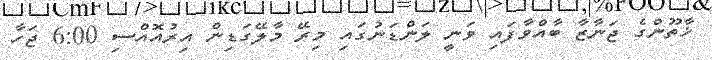
ޚާތޫންގެ ޖަނާޒާ ބާއްވާފައި ވަނީ ލަންޑަނުގައި މިރޭ މާލޭގަޑިން އިރުއޮއްސި 6:00 ޖަހާ